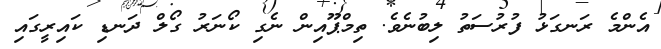
އެންމެ ރަނގަޅު ފުރުސަތު ލިބުނެވެ. ތިމްޕޫއިން ނެގި ކޯނަރު ގޯލް ދަނޑި ކައިރީގައި